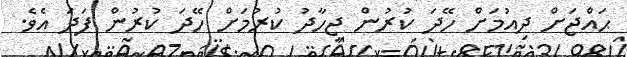
ޙައްޖަށް ދިއުމަށް ހޭދަ ކުރުން ޖިހާދު ކުރުމަށް ހޭދަ ކުރުން ފަދަ އެވެ.